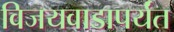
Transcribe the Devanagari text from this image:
विजयवाडापर्यंत